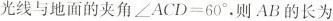
光线与地面的夹角$$∠ A C D = 6 0 ^ { 0 }$$，则AB的长为